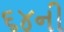
૬૪ની